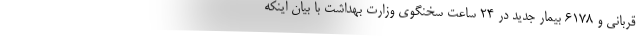
قربانی و ۶۱۷۸ بیمار جدید در 24 ساعت سخنگوی وزارت بهداشت با بیان اینکه